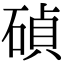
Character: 碵